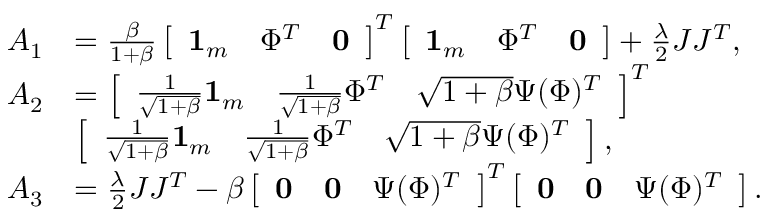
\begin{array} { r l } { A _ { 1 } } & { = \frac { \beta } { 1 + \beta } \left[ \begin{array} { l l l } { { \bf 1 } _ { m } } & { \Phi ^ { T } } & { { \bf 0 } } \end{array} \right] ^ { T } \left[ \begin{array} { l l l } { { \bf 1 } _ { m } } & { \Phi ^ { T } } & { { \bf 0 } } \end{array} \right] + \frac { \lambda } { 2 } J J ^ { T } , } \\ { A _ { 2 } } & { = \left[ \begin{array} { l l l } { \frac { 1 } { \sqrt { 1 + \beta } } { \bf 1 } _ { m } } & { \frac { 1 } { \sqrt { 1 + \beta } } \Phi ^ { T } } & { \sqrt { 1 + \beta } \Psi ( \Phi ) ^ { T } } \end{array} \right] ^ { T } } \\ & { \left[ \begin{array} { l l l } { \frac { 1 } { \sqrt { 1 + \beta } } { \bf 1 } _ { m } } & { \frac { 1 } { \sqrt { 1 + \beta } } \Phi ^ { T } } & { \sqrt { 1 + \beta } \Psi ( \Phi ) ^ { T } } \end{array} \right] , } \\ { A _ { 3 } } & { = \frac { \lambda } { 2 } J J ^ { T } - \beta \left[ \begin{array} { l l l } { { \bf 0 } } & { { \bf 0 } } & { \Psi ( \Phi ) ^ { T } } \end{array} \right] ^ { T } \left[ \begin{array} { l l l } { { \bf 0 } } & { { \bf 0 } } & { \Psi ( \Phi ) ^ { T } } \end{array} \right] . } \end{array}